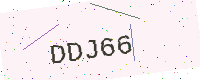
Text: DDJ66